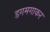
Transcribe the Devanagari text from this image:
डगमगाकर